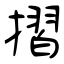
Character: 摺